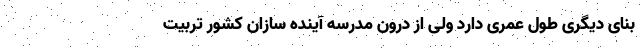
بنای دیگری طول عمری دارد ولی از درون مدرسه آینده سازان کشور تربیت